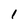
Character: I